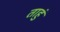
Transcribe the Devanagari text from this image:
ताहुं